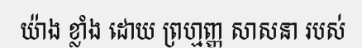
យ៉ាង ខ្លាំង ដោយ ព្រហ្មញ្ញ សាសនា របស់